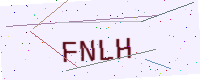
Text: FNLH